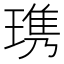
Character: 㻪